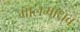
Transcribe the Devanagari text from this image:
गालमाधव